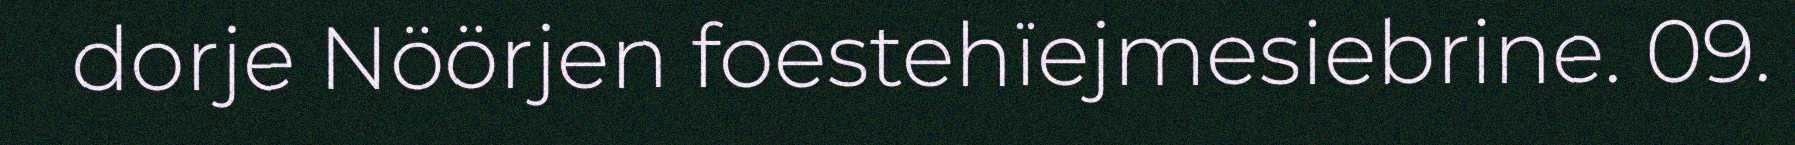
dorje Nöörjen foestehïejmesiebrine. 09.